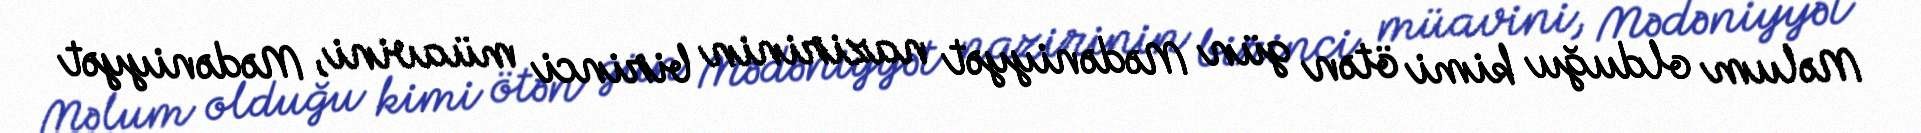
Məlum olduğu kimi ötən gün Mədəniyyət nazirinin birinci müavini, Mədəniyyət